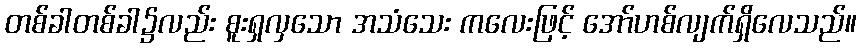
တစ်ခါတစ်ခါ၌လည်း စူးရှလှသော အသံသေး ကလေးဖြင့် အော်ဟစ်လျက်ရှိလေသည်။